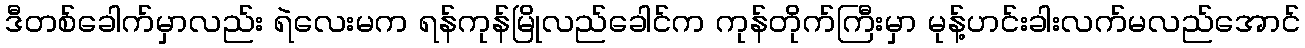
ဒီတစ်ခေါက်မှာလည်း ရဲလေးမက ရန်ကုန်မြိုလည်ခေါင်က ကုန်တိုက်ကြီးမှာ မုန့်ဟင်းခါးလက်မလည်အောင်